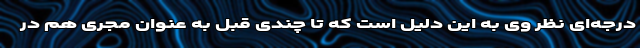
درجه‌ای نظر وی به این دلیل است که تا چندی قبل به‌ عنوان مجری هم در